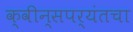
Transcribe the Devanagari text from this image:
क्वीन्सपर्यंतचा